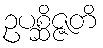
ဥပစ္ဆိဇ္ဇတိ